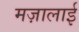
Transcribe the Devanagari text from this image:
मज़ालाई